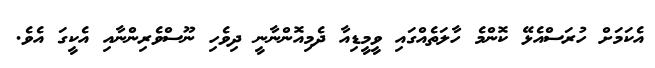
އެކަމަށް ހުރަސްއެޅޭ ކޮންމެ ހާލަތެއްގައި ވީމީޑިއާ ދެމިއޮންނާނީ ދިވެހި ނޫސްވެރިންނާއި އެކީގަ އެވެ.